Report on the bubonic plague in Bombay, 1896-1897
Year: 1896
Disease focus: Plague
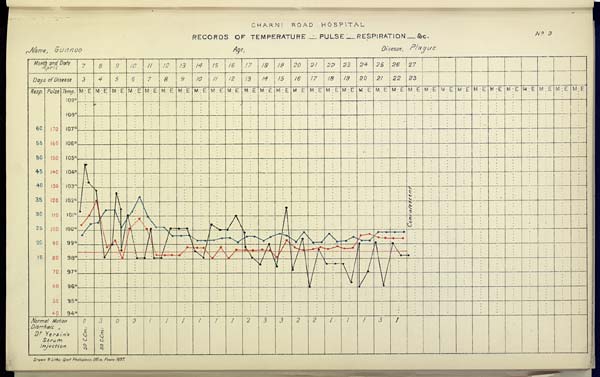
CHARNI
ROAD
HOSPITAL
RECORDS OF TEMPERATURE __ PULSE __ RESPIRATION __ &c. No. 3
Name,
Gunnoo
Age,
Disease,
Plague
Drawn & Litho: Govt. Photozinco: Office, Poona 1897.